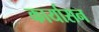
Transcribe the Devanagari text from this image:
कार्यासन